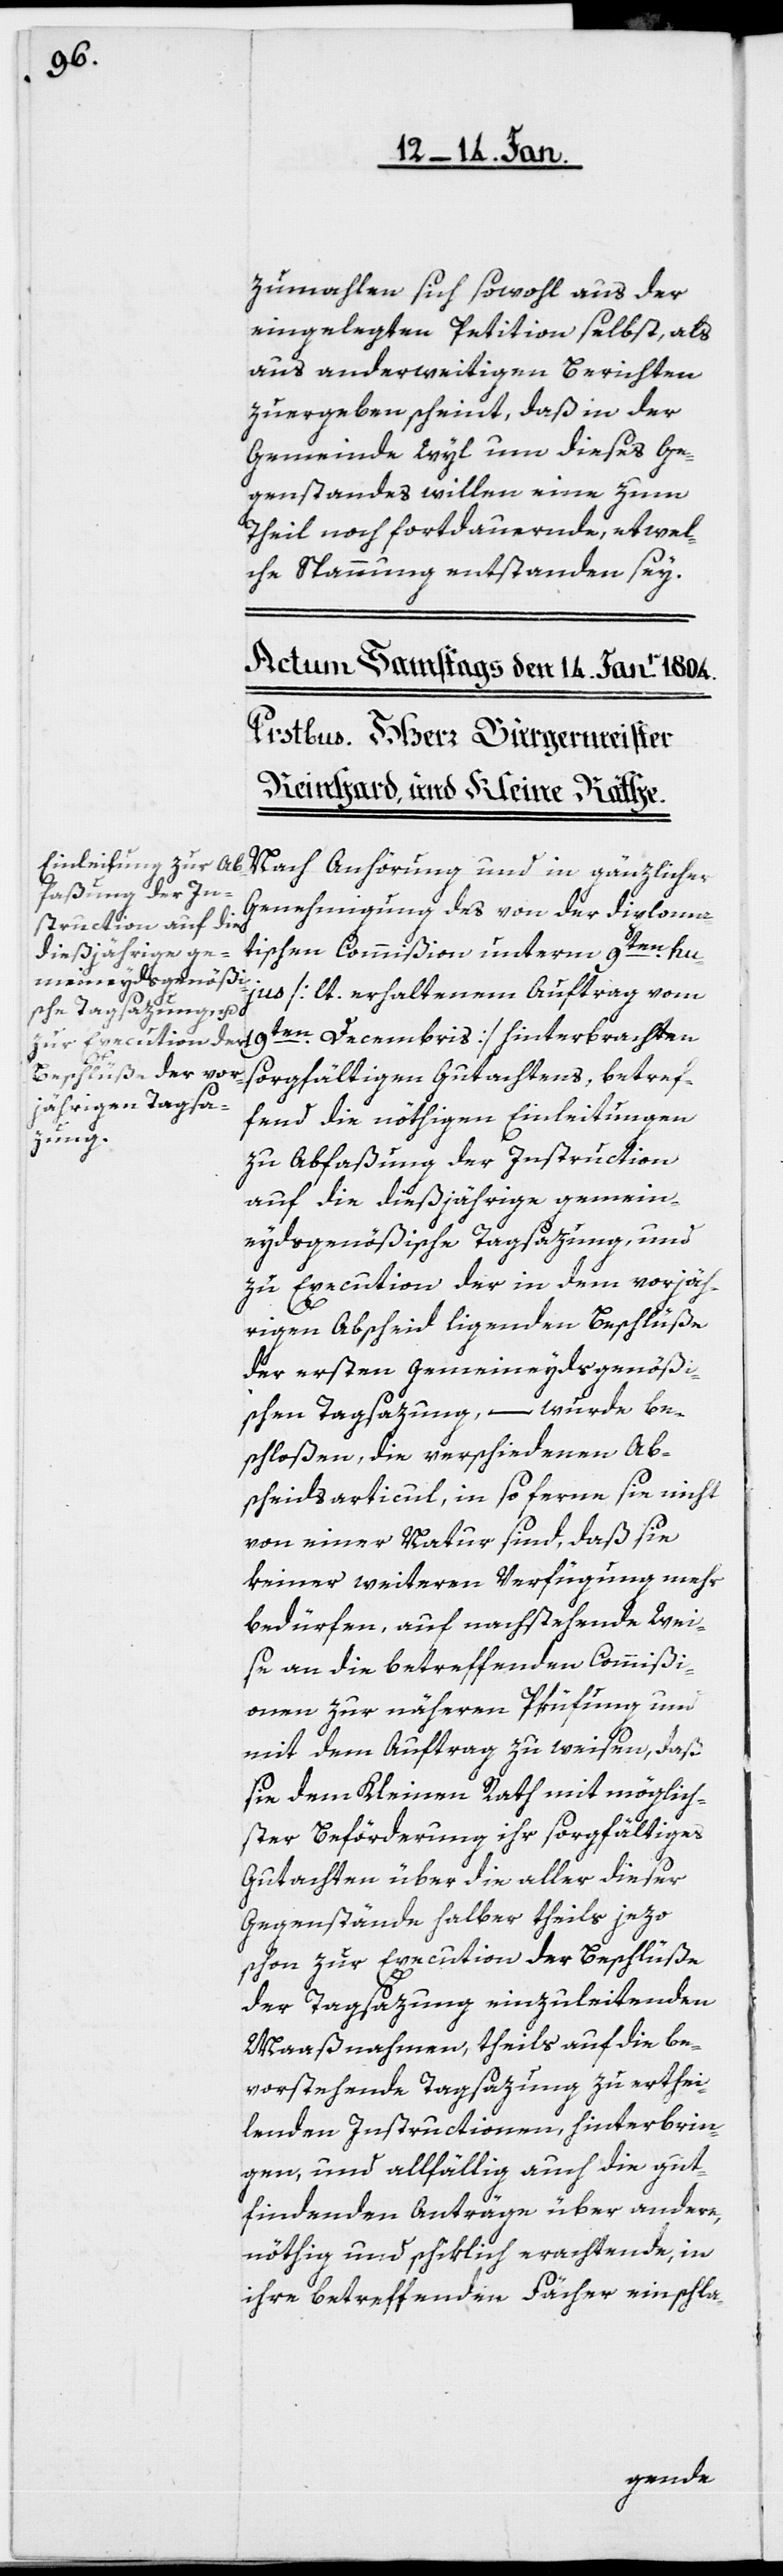
zumahlen sich sowohl aus der
eingelegten Petition selbst, als
aus anderweitigen Berichten
zu ergeben scheint, daß in der
Gemeinde Wyl um dieses Ge¬
genstandes willen eine zum
Theil noch fortdauernde, etwel¬
che Spannung entstanden sey.
Nach Anhörung und in gänzlicher
Genehmigung des von der diploma¬
tischen Commißion unterm 9ten. hu¬
jus [lt. erhaltenem Auftrag vom
sorgfältigen Gutachtens, betref¬
fend die nöthigen Einleitungen
zu Abfaßung der Instruction
auf die dießjährige gemein¬
eydsgenößische Tagsazung, und
zu Execution der in dem vorjäh¬
rigen Abscheid ligenden Beschlüße
der ersten Gemeineydsgenößi¬
schen Tagsazung, – wurde be¬
schloßen, die verschiedenen Ab¬
scheidsarticul, in so ferne sie nicht
von einer Natur sind, daß sie
keiner weiteren Verfügung mehr
bedürfen, auf nachstehende Wei¬
se an die betreffenden Commißi¬
onen zur näheren Prüfung und
mit dem Auftrag zu weisen, daß
sie dem Kleinen Rath mit möglich¬
ster Beförderung ihr sorgfältiges
Gutachten über die aller dieser
Gegenstände halber, theils jezo
schon zur Execution der Beschlüße
der Tagsatzung einzuleitenden
Maßnahmen, theils auf die be¬
vorstehende Tagsatzung zu erthei¬
lenden Instructionen hinterbrin¬
gen, und allfällig auch die gut¬
findenden Anträge über andere,
nöthig und schiklich erachtende, in
ihre betreffenden Fächer einschla-